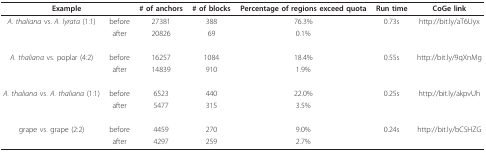
<table><thead><tr><td colspan="2"><b>Example</b></td><td><b># of anchors</b></td><td><b># of blocks</b></td><td><b>Percentage of regions exceed quota</b></td><td><b>Run time</b></td><td><b>CoGe link</b></td></tr></thead><tbody><tr><td><i>A. thaliana </i>vs. <i>A. lyrata </i>(1:1)</td><td>before</td><td>27381</td><td>388</td><td>76.3%</td><td>0.73s</td><td>http://bit.ly/aT6Uyx</td></tr><tr><td></td><td>after</td><td>20826</td><td>69</td><td>0.1%</td><td></td><td></td></tr><tr><td><i>A. thaliana </i>vs. poplar (4:2)</td><td>before</td><td>16257</td><td>1084</td><td>18.4%</td><td>0.55s</td><td>http://bit.ly/9qXnMg</td></tr><tr><td></td><td>after</td><td>14839</td><td>910</td><td>1.9%</td><td></td><td></td></tr><tr><td><i>A. thaliana </i>vs. <i>A. thaliana </i>(1:1)</td><td>before</td><td>6523</td><td>440</td><td>22.0%</td><td>0.25s</td><td>http://bit.ly/akpvUh</td></tr><tr><td></td><td>after</td><td>5477</td><td>315</td><td>3.5%</td><td></td><td></td></tr><tr><td>grape vs. grape (2:2)</td><td>before</td><td>4459</td><td>270</td><td>9.0%</td><td>0.24s</td><td>http://bit.ly/bCSHZG</td></tr><tr><td></td><td>after</td><td>4297</td><td>259</td><td>2.7%</td><td></td><td></td></tr></tbody></table>